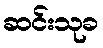
ဆင်းသုခ